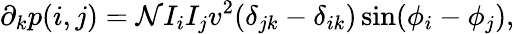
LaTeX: \partial_{k}p(i,j)=\mathcal{N}I_{i}I_{j}v^{2}(\delta_{jk}-\delta_{ik})\sin(\phi_{i}-\phi_{j}),